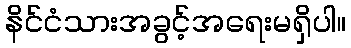
နိင်ငံသားအခွင့်အရေးမရှိပါ။